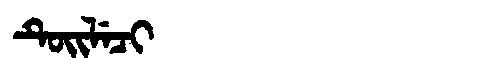
Manchu: ᡨᡠᡳᠯᡝᠴᡳ
Romanization: TUILECI